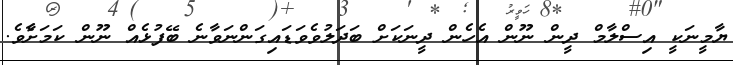
ޔާމީނަކީ އިސްލާމް ދީން ނޫން އެހެން ދީނަކަށް ބަދަލުވެވަޑައިގަންނަވާނެ ބޭފުޅެއް ނޫން ކަމަށާެވެ.